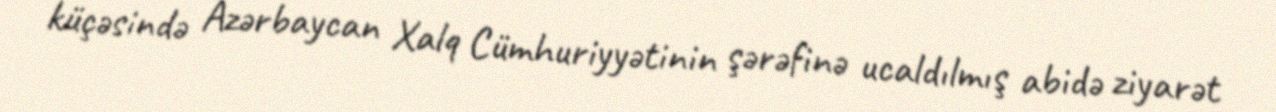
küçəsində Azərbaycan Xalq Cümhuriyyətinin şərəfinə ucaldılmış abidə ziyarət